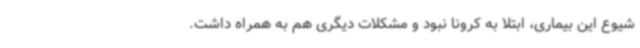
شیوع این بیماری، ابتلا به کرونا نبود و مشکلات دیگری هم به همراه داشت.